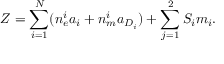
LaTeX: Z = \sum _ { i = 1 } ^ { N } ( n _ { e } ^ { i } a _ { i } + n _ { m } ^ { i } a _ { D _ { i } } ) + \sum _ { j = 1 } ^ { 2 } S _ { i } m _ { i } .